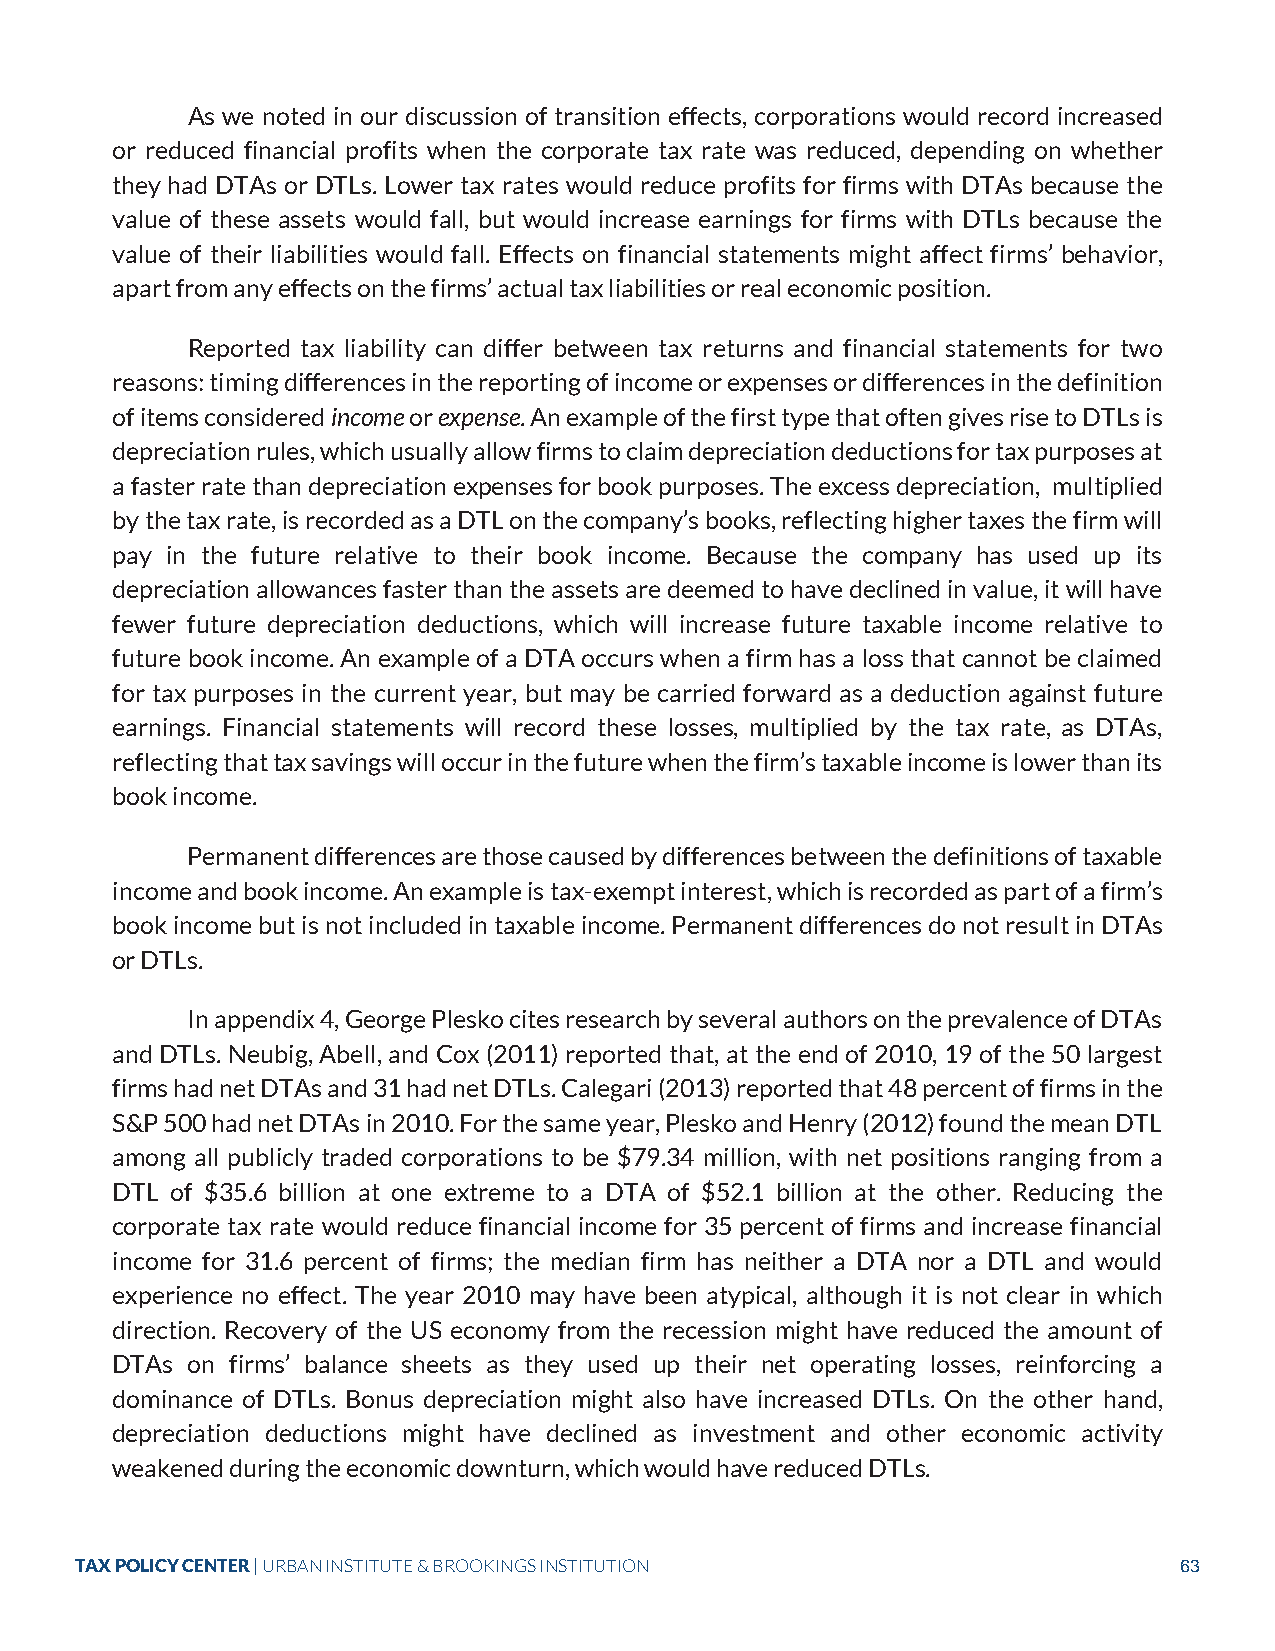
As we noted in our discussion of transition effects, corporations would record increased
 or reduced financial profits when the corporate tax rate was reduced, depending on whether
 they had DTAs or DTLs. Lower tax rates would reduce profits for firms with DTAs because the
 value of these assets would fall, but would increase earnings for firms with DTLs because the
 value of their liabilities would fall. Effects on financial statements might affect firms’ behavior,
 apart from any effects on the firms’ actual tax liabilities or real economic position.
 Reported tax liability can differ between tax returns and financial statements for two
 reasons: timing differences in the reporting of income or expenses or differences in the definition
 of items considered income or expense. An example of the first type that often gives rise to DTLs is
 depreciation rules, which usually allow firms to claim depreciation deductions for tax purposes at
 a faster rate than depreciation expenses for book purposes. The excess depreciation, multiplied
 by the tax rate, is recorded as a DTL on the company’s books, reflecting higher taxes the firm will
 pay in the future relative to their book income. Because the company has used up its
 depreciation allowances faster than the assets are deemed to have declined in value, it will have
 fewer future depreciation deductions, which will increase future taxable income relative to
 future book income. An example of a DTA occurs when a firm has a loss that cannot be claimed
 for tax purposes in the current year, but may be carried forward as a deduction against future
 earnings. Financial statements will record these losses, multiplied by the tax rate, as DTAs,
 reflecting that tax savings will occur in the future when the firm’s taxable income is lower than its
 book income.
 Permanent differences are those caused by differences between the definitions of taxable
 income and book income. An example is tax-exempt interest, which is recorded as part of a firm’s
 book income but is not included in taxable income. Permanent differences do not result in DTAs
 or DTLs.
 In appendix 4, George Plesko cites research by several authors on the prevalence of DTAs
 and DTLs. Neubig, Abell, and Cox (2011) reported that, at the end of 2010, 19 of the 50 largest
 firms had net DTAs and 31 had net DTLs. Calegari (2013) reported that 48 percent of firms in the
 S&P 500 had net DTAs in 2010. For the same year, Plesko and Henry (2012) found the mean DTL
 among all publicly traded corporations to be $79.34 million, with net positions ranging from a
 DTL of $35.6 billion at one extreme to a DTA of $52.1 billion at the other. Reducing the
 corporate tax rate would reduce financial income for 35 percent of firms and increase financial
 income for 31.6 percent of firms; the median firm has neither a DTA nor a DTL and would
 experience no effect. The year 2010 may have been atypical, although it is not clear in which
 direction. Recovery of the US economy from the recession might have reduced the amount of
 DTAs on firms’ balance sheets as they used up their net operating losses, reinforcing a
 dominance of DTLs. Bonus depreciation might also have increased DTLs. On the other hand,
 depreciation deductions might have declined as investment and other economic activity
 weakened during the economic downturn, which would have reduced DTLs.
 TAX POLICY CENTER | URBAN INSTITUTE & BROOKINGS INSTITUTION              63